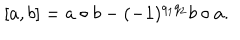
\lbrack a , b ] = a \circ b - ( - 1 ) ^ { q _ { 1 } q _ { 2 } } b \circ a .